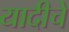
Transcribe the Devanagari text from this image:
यादीचे